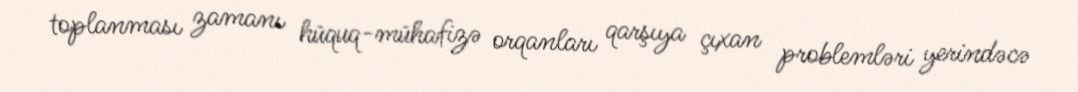
toplanması zamanı hüquq-mühafizə orqanları qarşıya çıxan problemləri yerindəcə